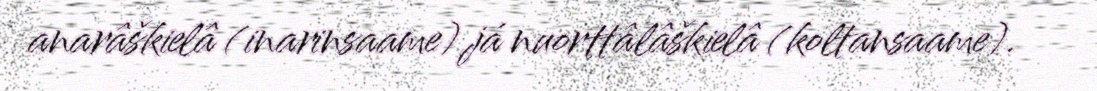
anarâškielâ (inarinsaame) já nuorttâlâškielâ (koltansaame).